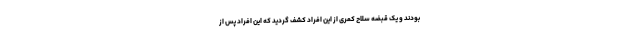
بودند و یک قبضه سلاح کمری از این افراد کشف گردید که این افراد پس از